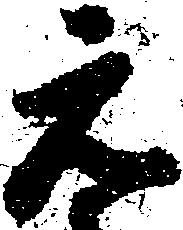
元